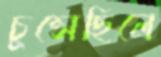
চুপ্‌সেছিলে